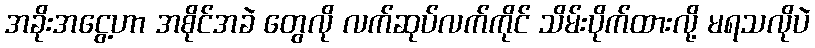
အခိုးအငွေ့ဟာ အစိုင်အခဲ တွေလို လက်ဆုပ်လက်ကိုင် သိမ်းပိုက်ထားလို့ မရသလိုပဲ